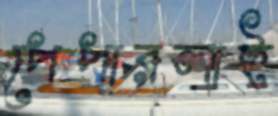
পেপারলাই